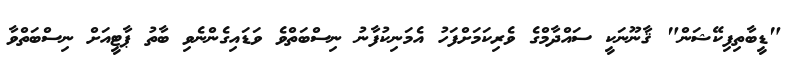
"ޑީބާތިފިކޭޝަން" ޤާނޫނަކީ ސައްދާމްގެ ވެރިކަމަށްފަހު އެމަނިކުފާނު ނިސްބަތްވެ ވަޑައިގެންނެވި ބާތު ޕާޓީއަށް ނިސްބަތްވާ